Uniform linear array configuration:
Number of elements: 64
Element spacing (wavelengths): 0.5
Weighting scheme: uniform
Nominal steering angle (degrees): -15
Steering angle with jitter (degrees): -13.007
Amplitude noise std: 0.05
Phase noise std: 0.05

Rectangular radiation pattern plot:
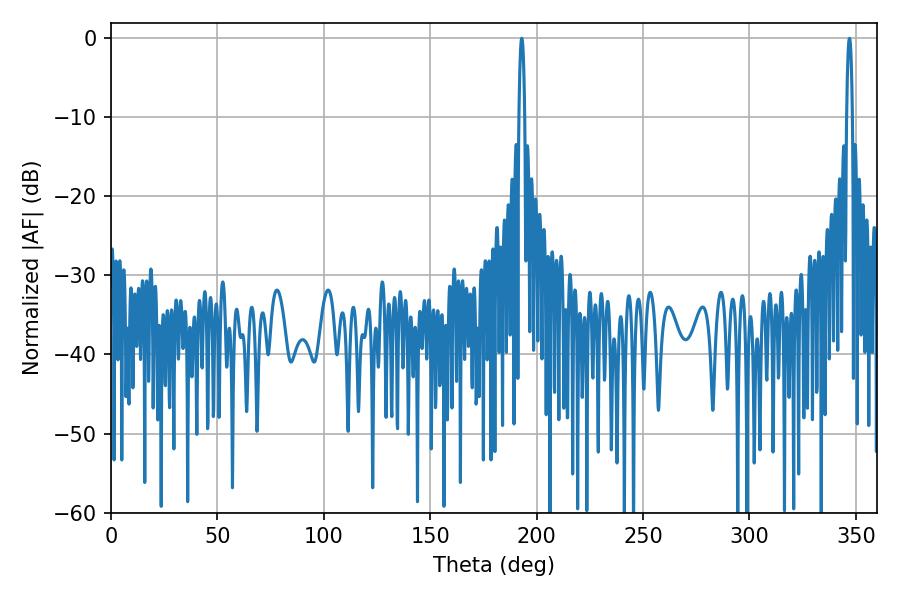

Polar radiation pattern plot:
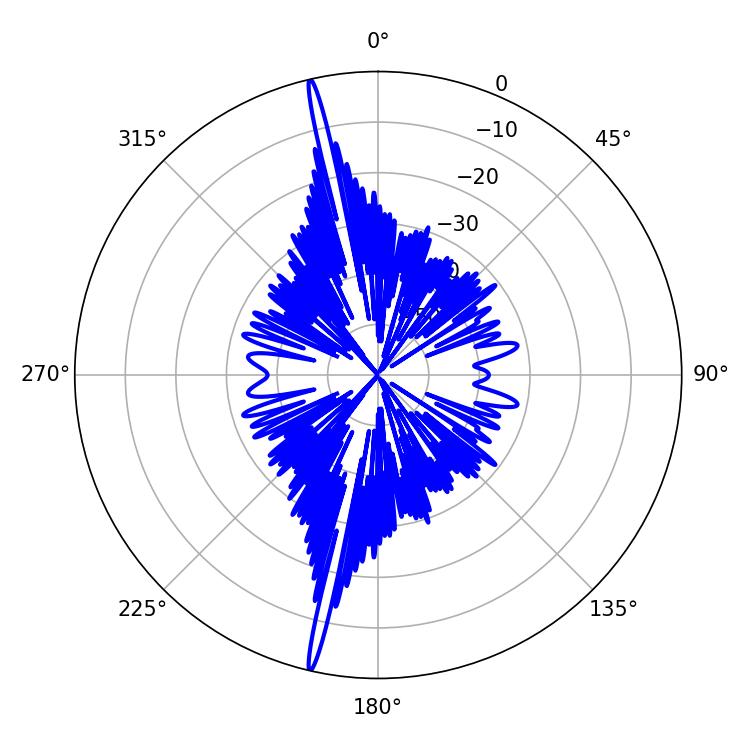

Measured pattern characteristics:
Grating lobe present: FALSE
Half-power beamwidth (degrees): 1.44
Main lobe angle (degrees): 192.96